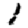
Digit: 1